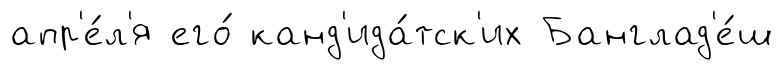
апр'е́л'я его́ канд'ида́тск'их Банглад'е́ш